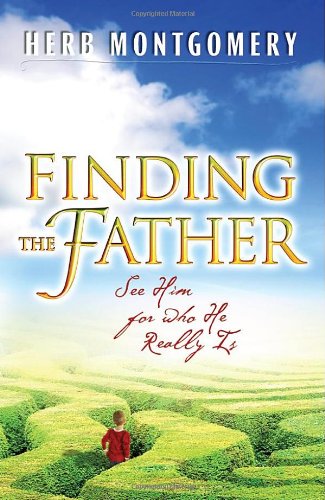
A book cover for Finding the Father: See Him For Who He Really Is; Herb Montgomery; Christian Books & Bibles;